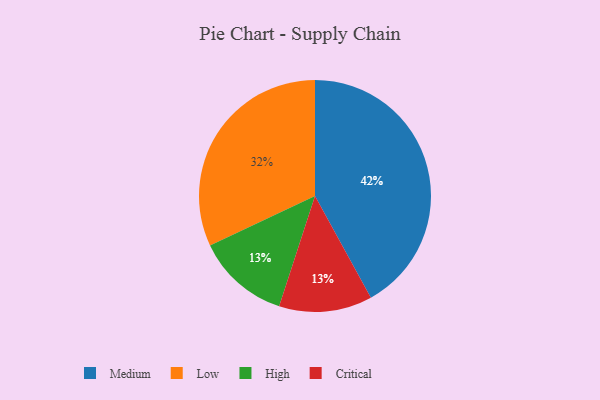
{"axis": {"x": "Category", "y": "Percentage"}, "legend": ["Critical", "High", "Low", "Medium"], "data": [{"x": "Medium", "y": 42, "type": "Medium"}, {"x": "High", "y": 13, "type": "High"}, {"x": "Low", "y": 32, "type": "Low"}, {"x": "Critical", "y": 13, "type": "Critical"}]}